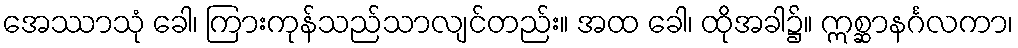
အေဿာသုံ ခေါ၊ ကြားကုန်သည်သာလျင်တည်း။ အထ ခေါ၊ ထိုအခါ၌။ ဣစ္ဆာနင်္ဂလကာ၊